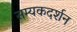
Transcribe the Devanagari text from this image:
सम्यकदर्शन